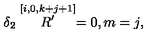
\delta _ { 2 } \stackrel { [ i , 0 , k + j + 1 ] } { R ^ { \prime } } = 0 , m = j ,